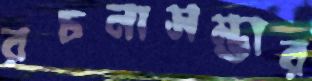
রচনাসম্ভার